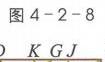
图4 - 2 - 8  \(K G J\)